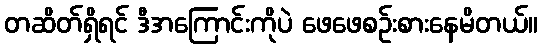
တဆိတ်ရှိရင် ဒီအကြောင်းကိုပဲ ဖေဖေစဉ်းစားနေမိတယ်။